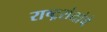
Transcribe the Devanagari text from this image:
राष्ट्रसंतांचे